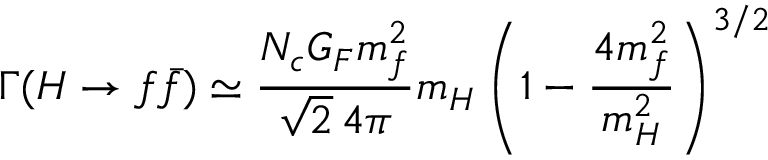
\Gamma ( H \to f \bar { f } ) \simeq \frac { N _ { c } G _ { F } m _ { f } ^ { 2 } } { \sqrt { 2 } \, 4 \pi } m _ { H } \left( 1 - \frac { 4 m _ { f } ^ { 2 } } { m _ { H } ^ { 2 } } \right) ^ { 3 / 2 }